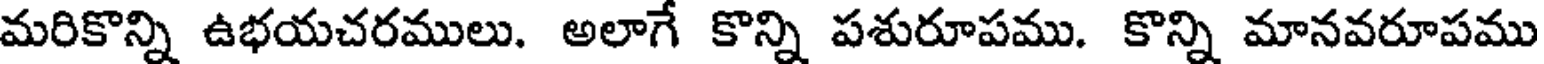
మరికొన్ని ఉభయచరములు. అలాగే కొన్ని పశురూపము. కొన్ని మానవరూపము